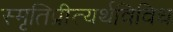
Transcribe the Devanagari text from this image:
स्मृतिप्रीत्यर्थविविध